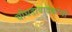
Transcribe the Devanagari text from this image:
चौघडावादकांची